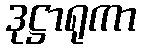
ဒုဋ္ဌာရုကာ